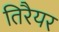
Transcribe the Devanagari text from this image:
तिरैयर